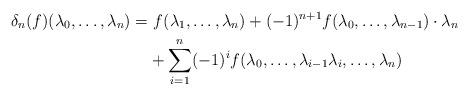
LaTeX: \begin{align*}\delta_{n} ( f) (\lambda_0, \ldots, \lambda_{n}) = &\ f(\lambda_1, \ldots, \lambda_{n}) + (-1)^{n+1} f(\lambda_0, \ldots, \lambda_{n-1}) \cdot \lambda_{n} \\& + \sum_{i=1}^{n} (-1)^i f(\lambda_0, \ldots, \lambda_{i-1} \lambda_i, \ldots, \lambda_{n}) \end{align*}